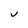
Character: v